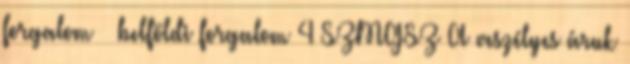
forgalom  belföldi forgalom 4 SZMGSZ A veszélyes áruk